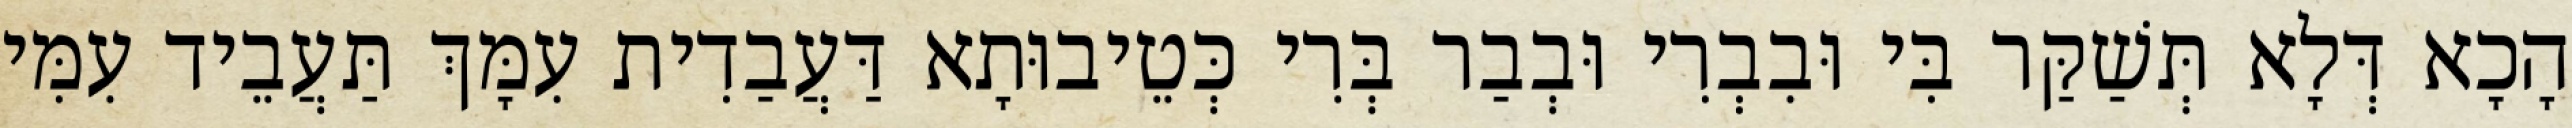
הָכָא דְּלָא תְּשַׁקַּר בִּי וּבִבְרִי וּבְבַר בְּרִי כְּטֵיבוּתָא דַּעֲבַדִית עִמָּךְ תַּעֲבֵיד עִמִּי